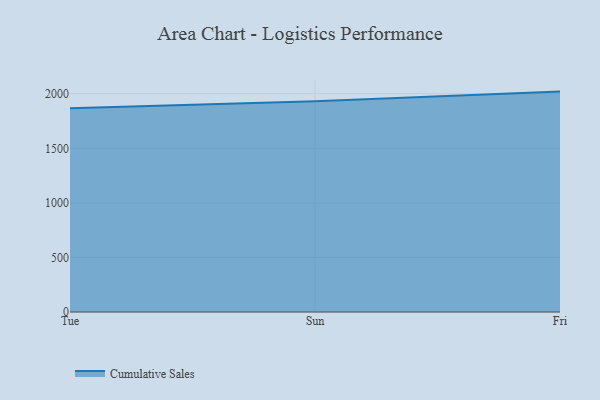
{"axis": {"x": "Day", "y": "Churn Rate (%)"}, "legend": ["Cumulative Sales"], "data": [{"x": "Tue", "y": 1866.0, "type": "Cumulative Sales"}, {"x": "Sun", "y": 1931.8, "type": "Cumulative Sales"}, {"x": "Fri", "y": 2019.6, "type": "Cumulative Sales"}]}